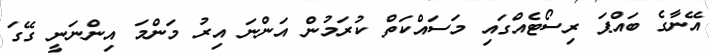
އޭނާގެ ބައްޕަ ރިސޯޓެއްގައި މަސައްކަތް ކުރަމުން އަންނަ އިރު މަންމަ އިންނަނީ ގޭގަ